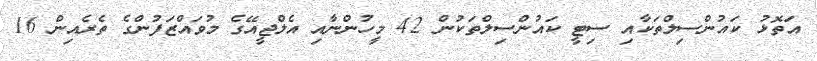
އަތޮޅު ކައުންސިލްތަކާއި ސިޓީ ކައުންސިލްތަކުން 42 މީހުންނާއި އެލްޖީއޭގެ މުވައްޒަފުންގެ ތެރެއިން 16